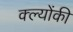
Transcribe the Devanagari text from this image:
क्ल्योंकी